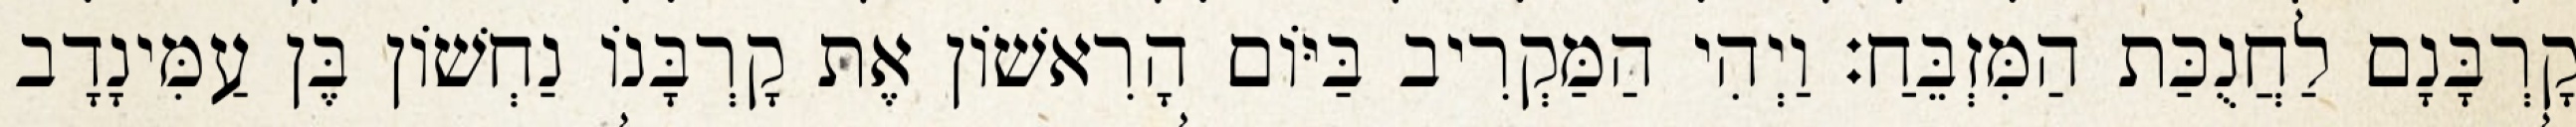
קָרְבָּנָם לַחֲנֻכַּת הַמִּזְבֵּחַ׃ וַיְהִי הַמַּקְרִיב בַּיּוֹם הָרִאשׁוֹן אֶת קָרְבָּנוֹ נַחְשׁוֹן בֶּן עַמִּינָדָב